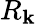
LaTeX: R_{\mathbf{k}}